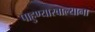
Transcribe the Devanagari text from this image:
पाहुण्यारवाल्याना